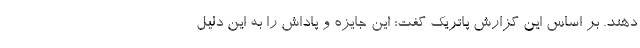
دهند. بر اساس این گزارش پاتریک گفت: این جایزه و پاداش را به این دلیل